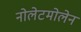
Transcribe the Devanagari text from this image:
नोलेटमोलेन